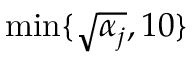
\operatorname* { m i n } \{ \sqrt { \alpha _ { j } } , 1 0 \}